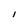
Character: 1